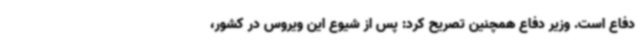
دفاع است. وزیر دفاع همچنین تصریح کرد: پس از شیوع این ویروس در کشور،